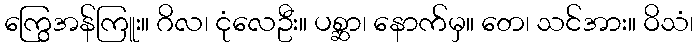
ကြွေအန်ကြူး။ ဂိလ၊ ငုံလေဦး။ ပစ္ဆာ၊ နောက်မှ။ တေ၊ သင်အား။ ဝိသံ၊